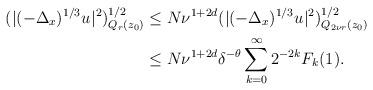
LaTeX: \begin{align*} (|(-\Delta_x)^{1/3} u_{}|^2)^{1/2}_{Q_r (z_0)}&\le N \nu^{1+2d} (|(-\Delta_x)^{1/3} u_{}|^2)^{1/2}_{Q_{ 2 \nu r} (z_0)}\\&\le N \nu^{1+2d} \delta^{-\theta} \sum_{k=0}^\infty 2^{-2k} F_k (1).\, \,\end{align*}